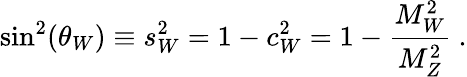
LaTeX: {\sin^{2}(\theta_{W})\equiv s_{W}^{2}=1-c_{W}^{2}=1-{\frac{M_{W}^{2}}{M_{Z}^{2}}}}\ .